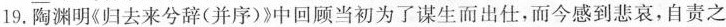
19.陶渊明(归去来兮辞(并序)》中回顾当初为了谋生而出仕，而今感到悲哀，自责之